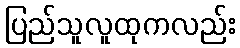
ပြည်သူလူထုကလည်း